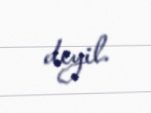
deyil.